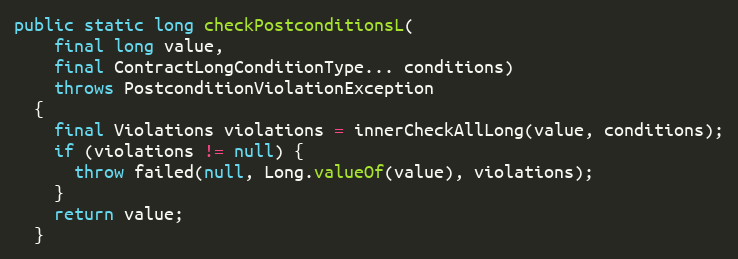
Language: Java
public static long checkPostconditionsL(
    final long value,
    final ContractLongConditionType... conditions)
    throws PostconditionViolationException
  {
    final Violations violations = innerCheckAllLong(value, conditions);
    if (violations != null) {
      throw failed(null, Long.valueOf(value), violations);
    }
    return value;
  }